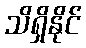
သိရှိနိုင်